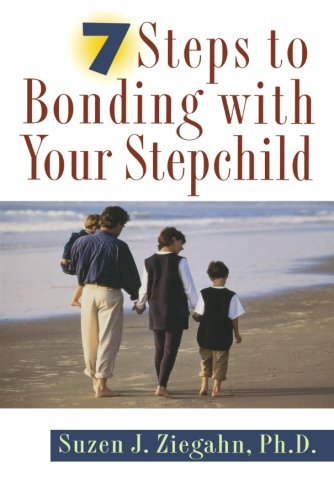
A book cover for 7 Steps to Bonding with Your Stepchild; Suzen J. Ziegahn; Parenting & Relationships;